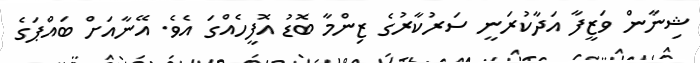
ޝިނާން ވަޒީފާ އަދާކުރަނީ ސަރުކާރުގެ ޒިންމާ ބޮޑު އޮފީހެއްގަ އެވެ. އޭނާއަށް ބައްޕަގެ